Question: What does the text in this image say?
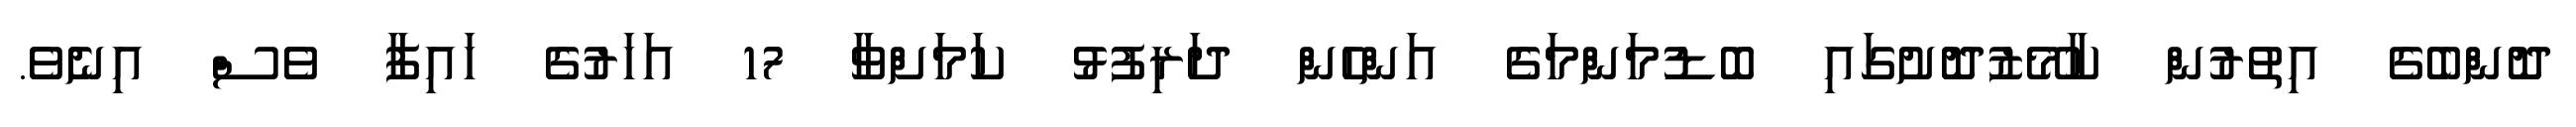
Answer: ދޮންބެގެ އިތުރުން ކާމޭޒުދޮށުގައި ބޮޑުމަންމަގެ އަންހެން ދަރިފުޅު ކަމަށްވާ 17 އަހަރުގެ ހައިފާ ވެސް އިނެވެ.